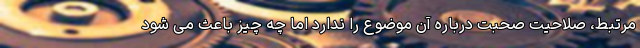
مرتبط، صلاحیت صحبت درباره آن موضوع را ندارد اما چه چیز باعث می شود